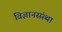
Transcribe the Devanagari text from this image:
विज्ञानसंस्था